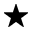
\star